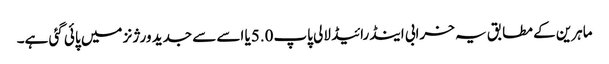
ماہرین کے مطابق یہ خرابی اینڈرائیڈ لالی پاپ5.0یا اسے سے جدید ورژنز میں پائی گئی ہے۔